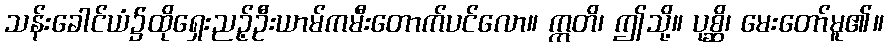
သန်းခေါင်ယံ၌ထိုရှေးညဉ့်ဦးယာမ်ကမီးတောက်ပင်လော။ ဣတိ၊ ဤသို့။ ပုစ္ဆိ၊ မေးတော်မူ၏။